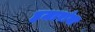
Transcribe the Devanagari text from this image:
हजारांवा